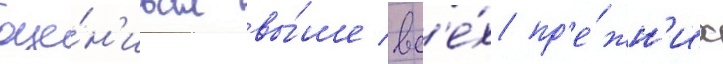
оце́н'ивал вы́ше вс'е́х пр'е́жн'их